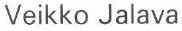
Veikko Jalava